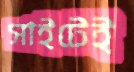
সাইটেই